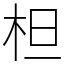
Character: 柦